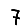
Digit: 7